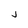
Character: j